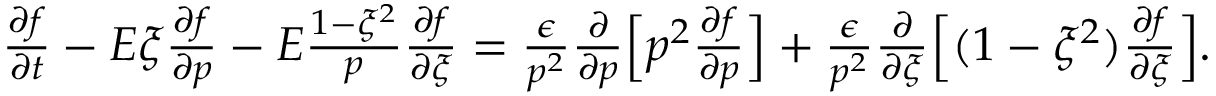
\begin{array} { r } { \frac { \partial f } { \partial t } - E \xi \frac { \partial f } { \partial p } - E \frac { 1 - \xi ^ { 2 } } { p } \frac { \partial f } { \partial \xi } = \frac { \epsilon } { p ^ { 2 } } \frac { \partial } { \partial p } \Big [ p ^ { 2 } \frac { \partial f } { \partial p } \Big ] + \frac { \epsilon } { p ^ { 2 } } \frac { \partial } { \partial \xi } \Big [ ( 1 - \xi ^ { 2 } ) \frac { \partial f } { \partial \xi } \Big ] . } \end{array}